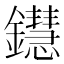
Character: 𨯚